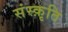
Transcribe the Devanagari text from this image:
संस्‍क़ृति